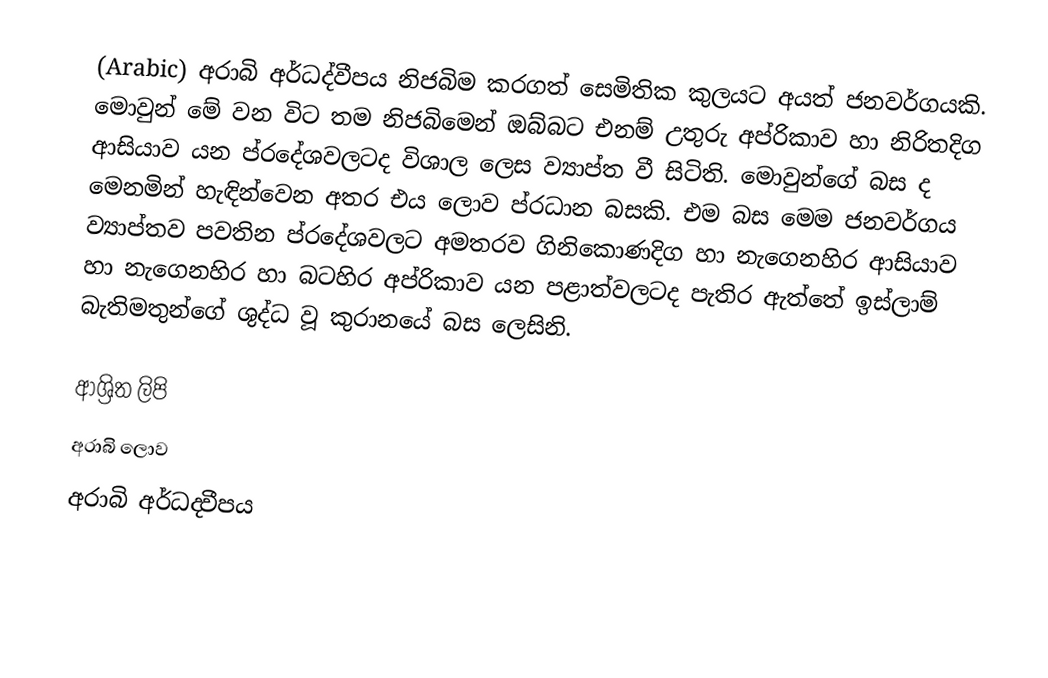
(Arabic) අරාබි අර්ධද්වීපය නිජබිම කරගත් සෙමිතික කුලයට අයත් ජනවර්ගයකි. මොවුන් මේ වන විට තම නිජබිමෙන් ඔබ්බට එනම් උතුරු අප්රිකාව හා නිරිතදිග ආසියාව යන ප්රදේශවලටද විශාල ලෙස ව්‍යාප්ත වී සිටිති. මොවුන්ගේ බස ද මෙනමින් හැඳින්වෙන අතර එය ලොව ප්රධාන බසකි. එම බස මෙම ජනවර්ගය ව්‍යාප්තව පවතින ප්රදේශවලට අමතරව ගිනිකොණදිග හා නැගෙනහිර ආසියාව හා නැගෙනහිර හා බටහිර අප්රිකාව යන පළාත්වලටද පැතිර ඇත්තේ ඉස්ලාම් බැතිමතුන්ගේ ශුද්ධ වූ කුරානයේ බස ලෙසිනි.

ආශ්‍රිත ලිපි
 අරාබි ලොව
 අරාබි අර්ධද‍්වීපය